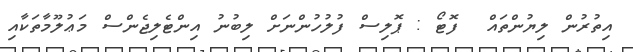
އިތުރުން ލިޔުންތައް  ފޮޓޯ : ޕޮލިސް ފުލުހުންނަށް ލިބުނު އިންޓެލިޖެންސް މަޢުލޫމާތަކާއި